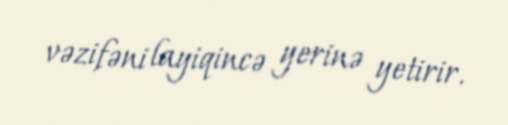
vəzifəni layiqincə yerinə yetirir.